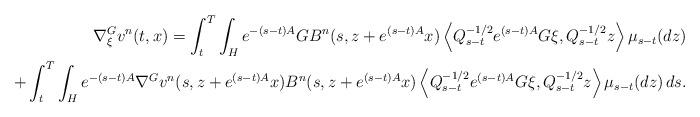
LaTeX: \begin{align*} \nabla^G_{\xi} v^n(t,x) =\int_t^T\int_{H}e^{-(s-t){A}}GB^n(s,z+e^{(s-t){A}}x)\left\langle Q_{s-t}^{-1/2}e^{(s-t){A}}G\xi,Q_{s-t}^{-1/2}z\right\rangle \mu_{s-t}(dz)\\+\int_{t}^{T}\int_{H}e^{-(s-t){A}} \nabla^G v^n(s,z+e^{(s-t){A}}x)B^n(s,z+e^{(s-t){A}}x)\left\langle Q_{s-t}^{-1/2}e^{(s-t){A}}G\xi,Q_{s-t}^{-1/2}z\right\rangle \mu_{s-t}(dz)\,ds.\end{align*}